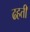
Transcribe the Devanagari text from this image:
ढहती